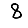
Digit: 8